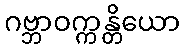
ဂဗ္ဘာဝက္ကန္တိယော